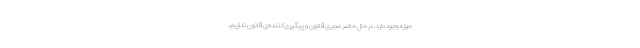
حوزه وجود دارد. در حال حاضر مجری قانون و پیگیری‌کننده‌ی قانون نداریم.